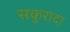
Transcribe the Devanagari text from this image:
सकुरादा